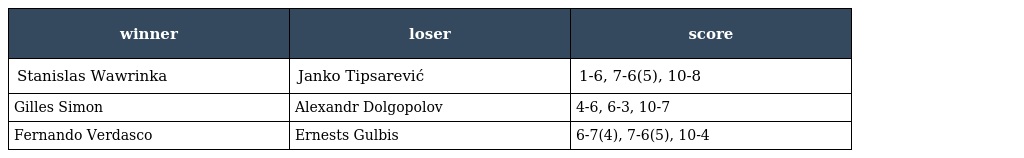
| winner | loser | score |
 | --- | --- | --- |
 | Stanislas Wawrinka | Janko Tipsarević | 1-6, 7-6(5), 10-8 |
 | Gilles Simon | Alexandr Dolgopolov | 4-6, 6-3, 10-7 |
 | Fernando Verdasco | Ernests Gulbis | 6-7(4), 7-6(5), 10-4 |